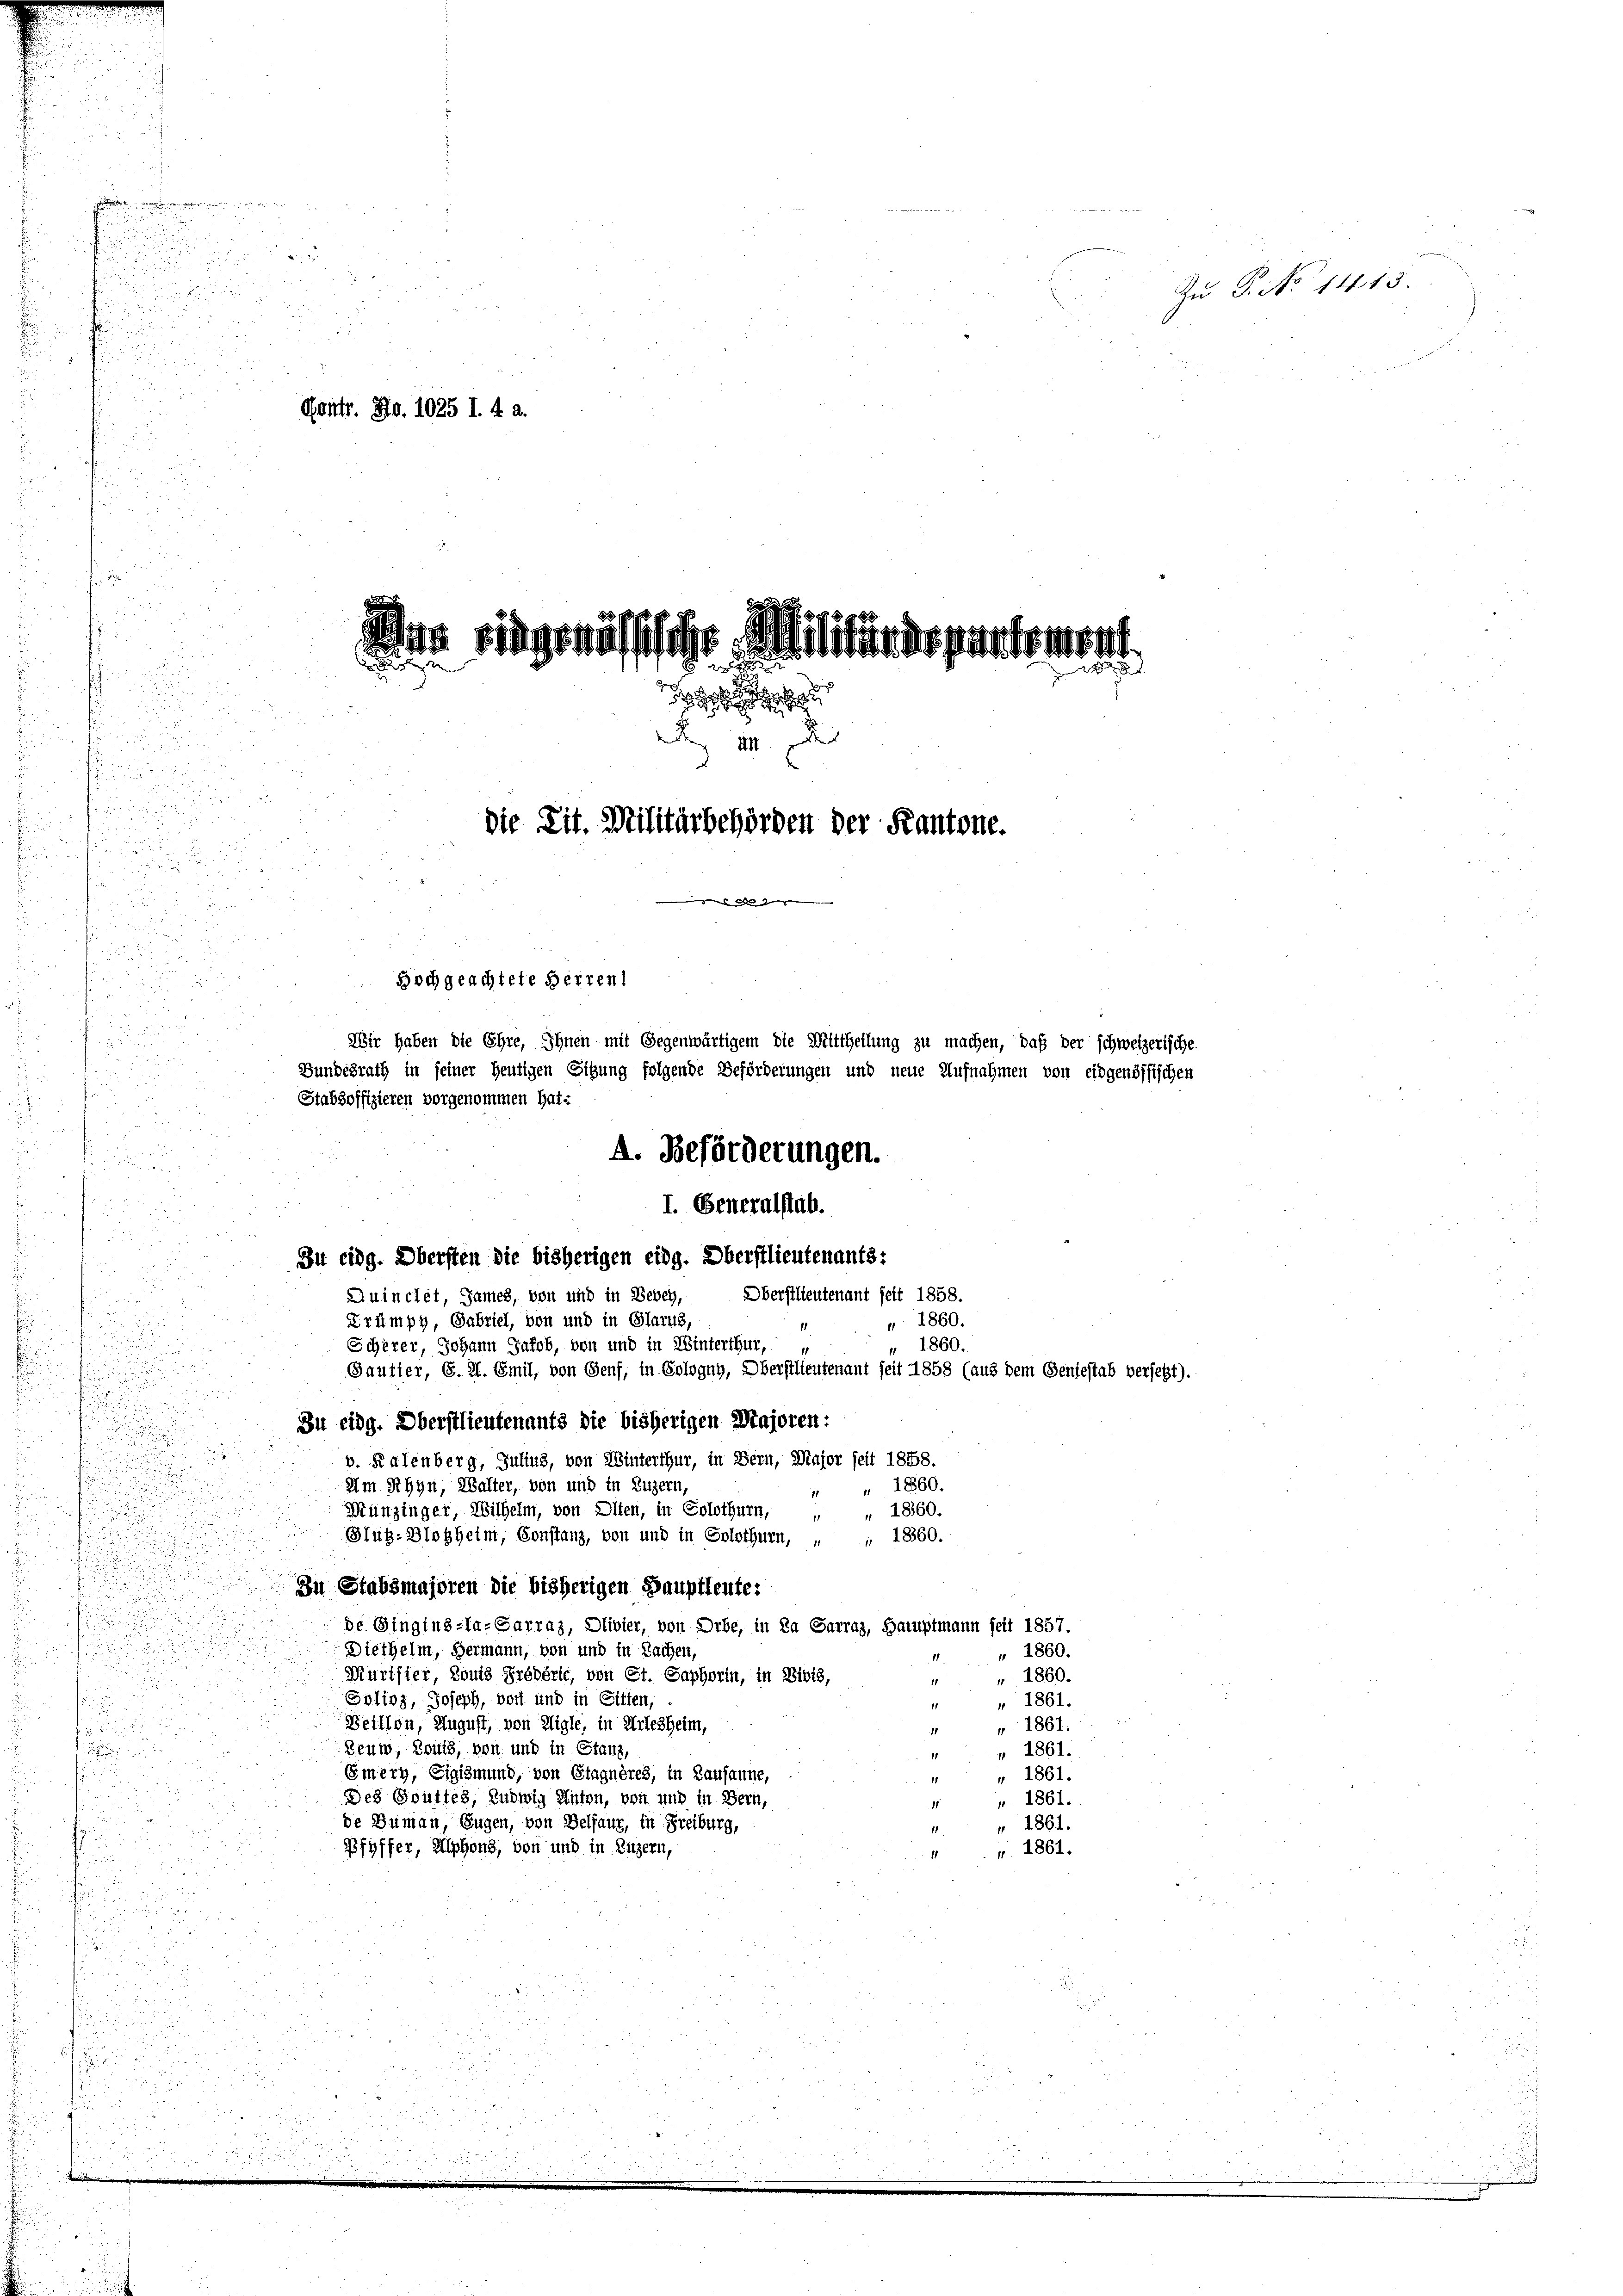
n
n

8
Zu P. No 11713.

d
e
Göntr. No. 1025 I. 4 2.

.
l
.

u

id fügenussicht. Militerstatth
.

e
die Tit. Militärbehörden der Kantone.

Hochgeachtete Herren!
Wir haben die Ehre, Ihnen mit Gegenwärtigem die Mittheilung zu machen, daß der schweizerische
Bundesrath in seiner heutigen Sitzung folgende Beförderungen und neue Aufnahmen von eidgenössischen
Stabsoffizieren vorgenommen hat:
A. Beförderungen.

I. Generalstab.

i
Zu eidg. Obersten die bisherigen eidg. Oberstlieutenants:
Oberstlieutenant seit 1858.
Quinctet, James, von und in Bebey,
Frümpy, Gabriel, von und in Glarus,
1860.
11
Scherer, Johann Jakob, von und in Winterthur,
 1860.
Gautier, G. H. Emil, von Genf, in Cologuy, Oberstlieutenant seit 1858 (aus dem Geniestab verseht).
Zu eidg. Oberstlieutenants die bisherigen Majoren:
v. Kalenberg, Julius, von Winterthur, in Bern, Major seit 1858.
Um Rhyn, Walter, von und in Luzern,
" " 1860.
Münzinger, Wilhelm, von Olten, in Solothurn,
" 1860.
Glüß-Glosheim, Constanz, von und in Solothurn, " " 18860.
Zu Stabsmajoren die bisherigen Hauptleute:
de Gingins-La-Sarraz, Olivier, von Orbe, in Da Garraz, Hauptmann seit 1857.
a
Diethelm, Hermann, von und in Sachen,
" 1860.
Murisier, Louis Frederie, von Ct. Saphorin, in Bibis,
 1860.
8
Erlioz, Joseph, von und in Sitten,
" 1861.

Deillon, August, von Aigle, in Arlesheim,
 1861.
Beuw, Louis, von und in Stanz,

 1861.
f
Emery, Eigismund, von Stagnères, in Lausanne,
" 1861.
u
Des Gottes, Ludwig Unten, von und in Bern,
n. 1861.
de Sumen, Eugen, von Belfaur, in Freiburg,
" 1861.
Pfyffer, Alphons, von und in Luzern,
v. 1861.